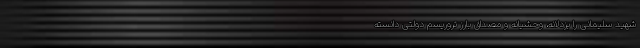
شهید سلیمانی را بزدلانه، وحشیانه و مصداق بارز تروریسم دولتی دانسته